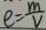
e = \frac { m } { V }